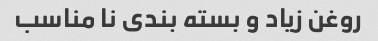
روغن زیاد و بسته بندی نا مناسب